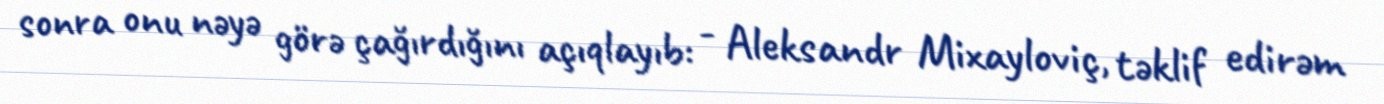
sonra onu nəyə görə çağırdığını açıqlayıb: - Aleksandr Mixayloviç, təklif edirəm